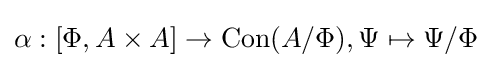
\alpha :\left[\Phi ,A\times A\right]\to \operatorname {Con} (A/\Phi ),\Psi \mapsto \Psi /\Phi